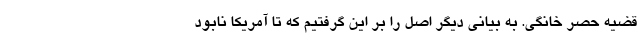
قضیه حصر خانگی. به بیانی دیگر اصل را بر این گرفتیم که تا آمریکا نابود